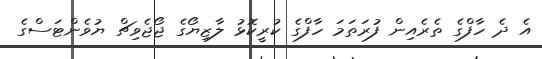
އެ ދެ ހާފްގެ ތެރެއިން ފުރަތަމަ ހާފްގެ ކުރީކޮޅު ލާޒިޔޯގެ ޖޯޖެވިޗް ޔުވެންޓަސްގެ